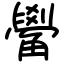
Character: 觷